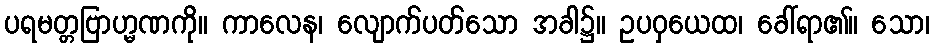
ပရမတ္တဗြာဟ္မဏကို။ ကာလေန၊ လျောက်ပတ်သော အခါ၌။ ဥပဝှယေထ၊ ခေါ်ရာ၏။ သော၊